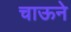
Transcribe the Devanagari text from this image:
चाऊने